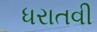
ધરાતવી